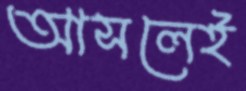
আসলেই